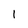
Character: 1